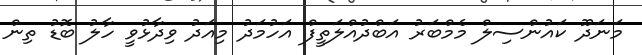
މަނަދޫ ކައުންސިލް މެމްބަރު އަބްދުއްލަތީފް އަހުމަދު މިއަދު ވިދާޅުވީ ހާލު ބޮޑު ތިން